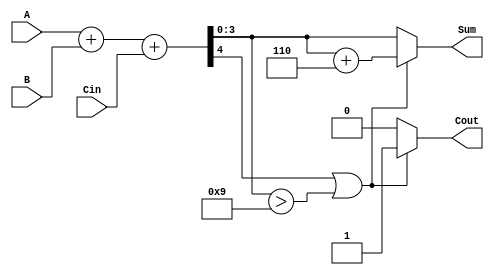
module BCD_Conditional_Adder(
    input [3:0] A,        // First BCD digit
    input [3:0] B,        // Second BCD digit
    input Cin,            // Carry-in
    output reg [3:0] Sum, // BCD sum output
    output reg Cout       // Carry-out flag
);

// Internal wires for binary sum
wire [4:0] S;           // 5-bit sum to accommodate carry
wire correction_needed;  // Flag to check if correction is required

// Binary addition: S is the sum of A, B and Cin
assign S = A + B + Cin;

// Check if correction is needed (if S > 9)
assign correction_needed = S[4] | (S[3:0] > 4'b1001);

// Process the output based on whether correction is needed
always @(*) begin
    if (correction_needed) begin
        // If correction is needed, add 6 (0110 in binary) to the sum
        Sum = S[3:0] + 4'b0110;
        Cout = 1; // Set carry-out
    end else begin
        // No correction needed
        Sum = S[3:0];
        Cout = 0; // No carry-out
    end
end 

endmodule